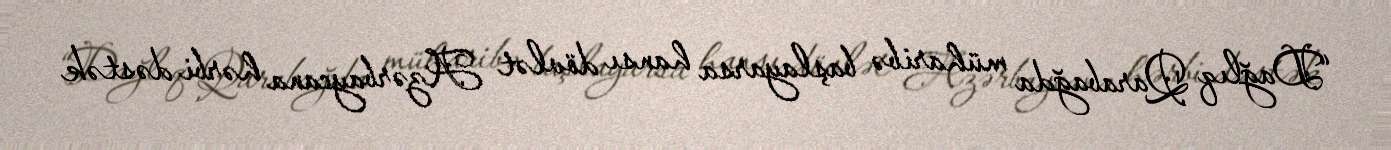
“Dağlıq Qarabağda müharibə başlayarsa hansı dövlət Azərbaycana hərbi dəstək